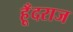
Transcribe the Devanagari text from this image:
हूँदराज